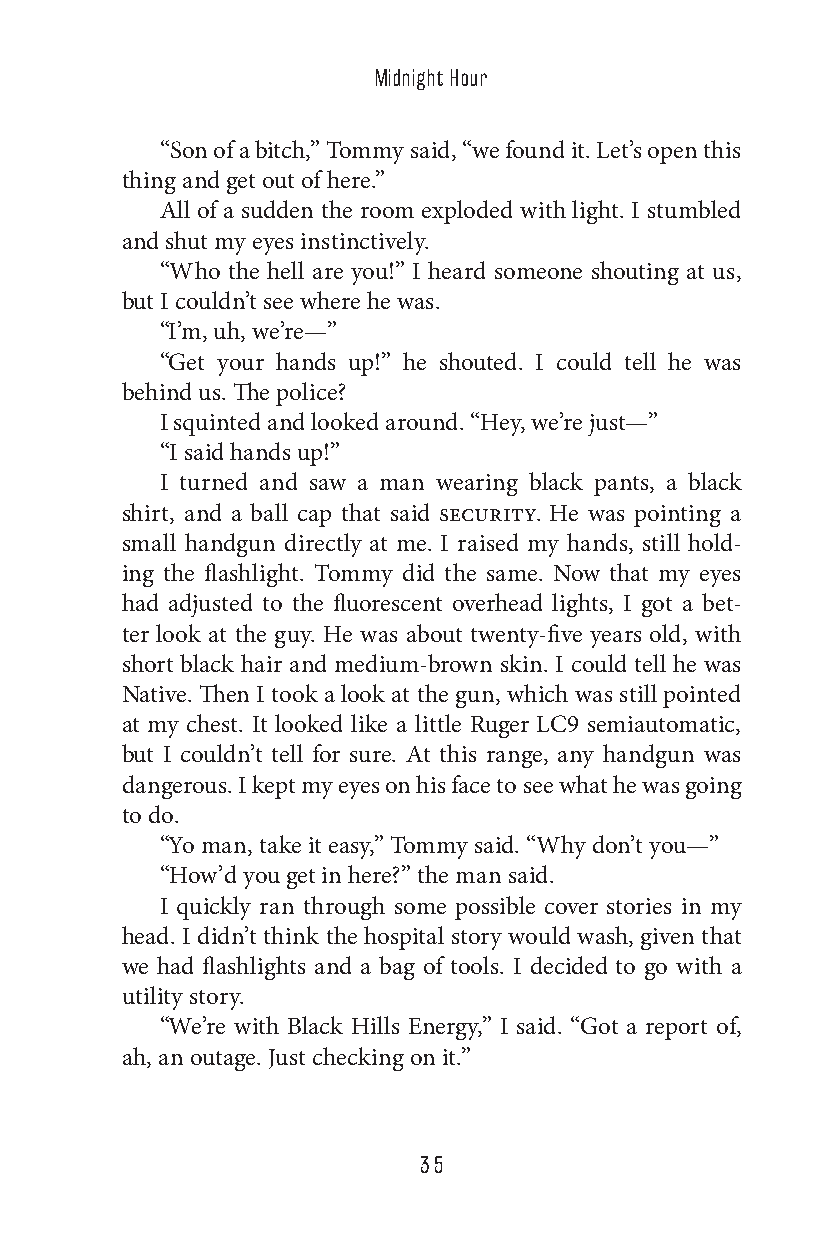
Midnight Hour
 “Son of a bitch,” Tommy said, “we found it. Let’s open this
 thing and get out of here.”
 All of a sudden the room exploded with light. I stumbled
 and shut my eyes instinctively.
 “Who the hell are you!” I heard someone shouting at us,
 but I couldn’t see where he was.
 “I’m, uh, we’re—”
 “Get your hands up!” he shouted. I could tell he was
 behind us. The police?
 I squinted and looked around. “Hey, we’re just—”
 “I said hands up!”
 I turned and saw a man wearing black pants, a black
 shirt, and a ball cap that said security. He was pointing a
 small handgun directly at me. I raised my hands, still hold-
 ing the flashlight. Tommy did the same. Now that my eyes
 had adjusted to the fluorescent overhead lights, I got a bet-
 ter look at the guy. He was about twenty-five years old, with
 short black hair and medium-brown skin. I could tell he was
 Native. Then I took a look at the gun, which was still pointed
 at my chest. It looked like a little Ruger LC9 semiautomatic,
 but I couldn’t tell for sure. At this range, any handgun was
 dangerous. I kept my eyes on his face to see what he was going
 to do.
 “Yo man, take it easy,” Tommy said. “Why don’t you—”
 “How’d you get in here?” the man said.
 I quickly ran through some possible cover stories in my
 head. I didn’t think the hospital story would wash, given that
 we had flashlights and a bag of tools. I decided to go with a
 utility story.
 “We’re with Black Hills Energy,” I said. “Got a report of,
 ah, an outage. Just checking on it.”
 35